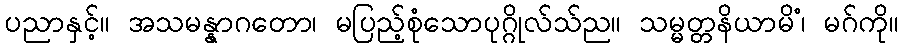
ပညာနှင့်။ အသမန္နာဂတော၊ မပြည့်စုံသောပုဂ္ဂိုလ်သ်ည။ သမ္မတ္တနိယာမိံ၊ မဂ်ကို။